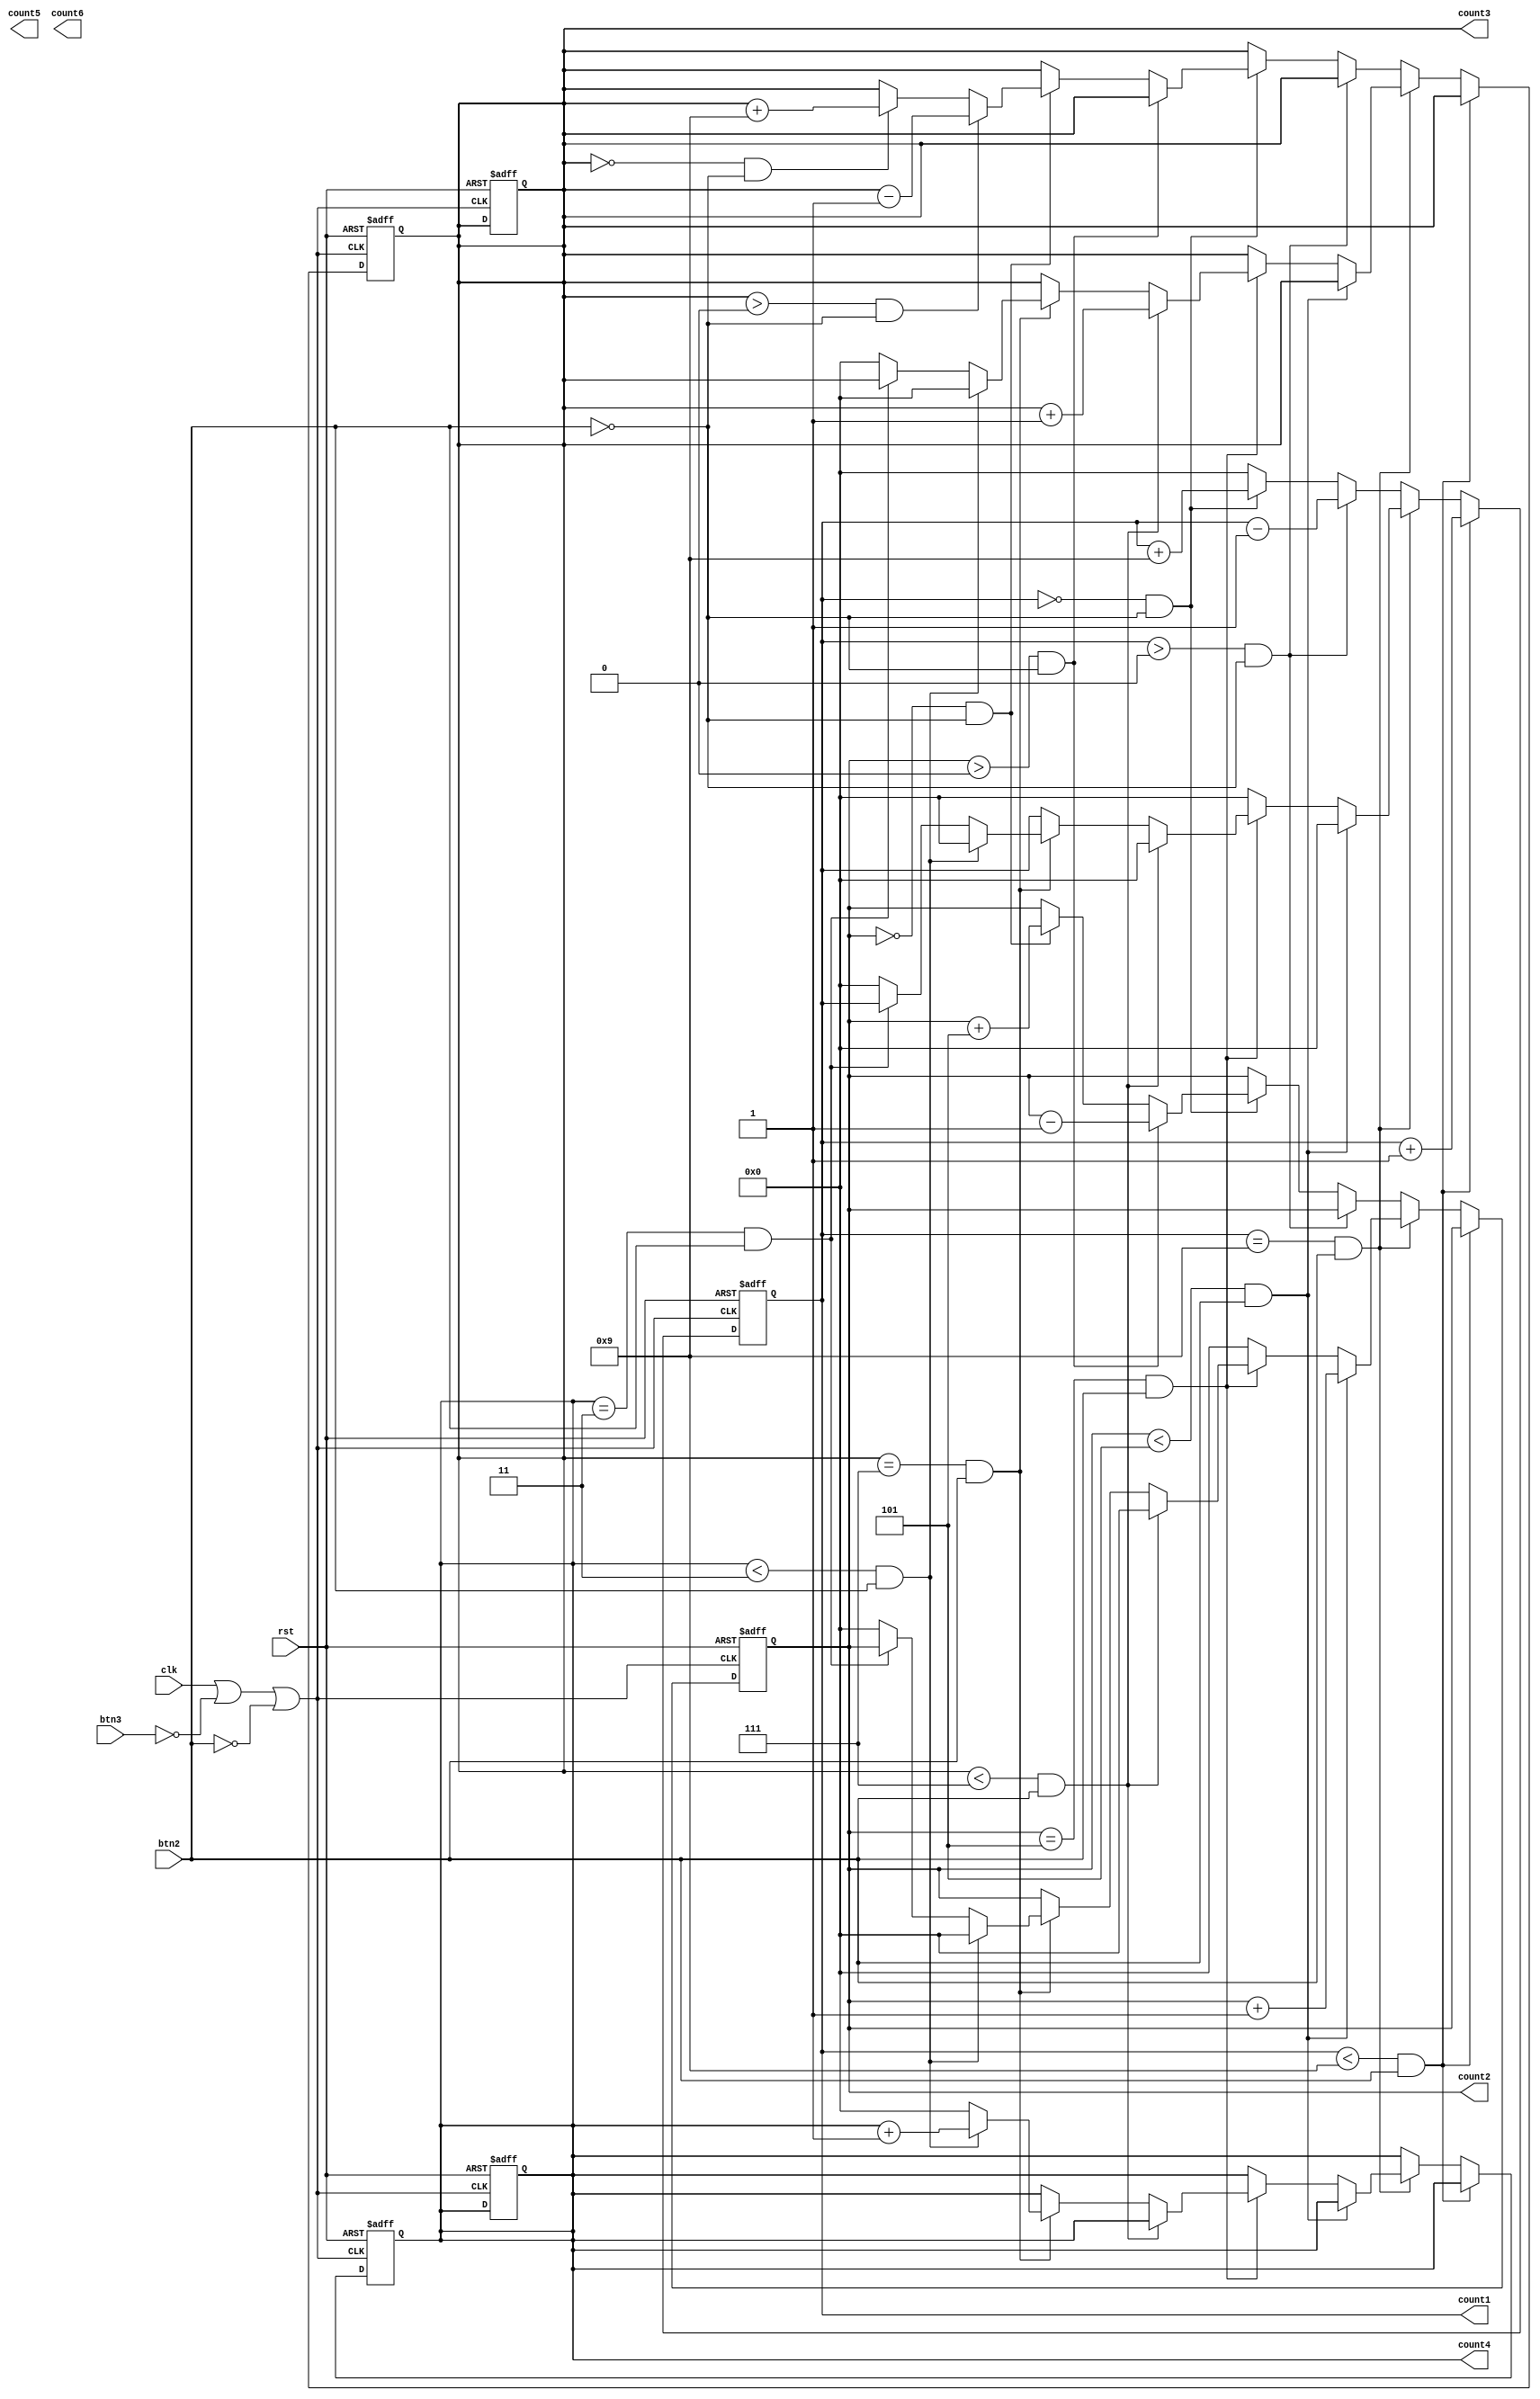
 module mod_10_counter(btn2,btn3,rst,clk,count1,count2,count3,count4,count5,count6);
   output [3:0] count1;
   output [3:0] count2;
	output [3:0] count3;
	output [3:0] count4;
	output [3:0] count5;
	output [3:0] count6;
	
	input btn3;
   input clk;
   input rst;
	input btn2;
	
   reg [3:0] counter_out;
   reg [3:0] counter_out2;
	reg [3:0] counter_out3;
	reg [3:0] counter_out4;
	reg [3:0] counter_out5;
	reg [3:0] counter_out6;
	
   wire btn3_tap;
	wire btn2_tap;
	
	assign btn3_tap = btn3;
   assign btn2_tap = btn2;
	
///////////////////////////////////////////////////////////////////////////////////////////////	
   always @(posedge (clk||!btn3_tap ||!btn2_tap) or negedge rst )
    begin
	 if(!rst)
        begin
          counter_out <=0;
          counter_out2 <=0;
			 counter_out3 <=0;
			 counter_out4 <=0;
			 counter_out5 <=0;
			 counter_out6 <=0;
        end
		  
		  
 
		  
		  
		  
    else if(counter_out <9 && btn2_tap != 0) ////////////pls mod
      begin
        counter_out <= count1 +1;
      end
	
		
    else if(counter_out==9 && btn2_tap != 0 )
      begin
///////////////////////////////////////////////////		
        if(counter_out2<5 && btn2_tap != 0)
          begin
			 counter_out <= 0;
          counter_out2 <= count2 +1;
          end
		  else if(counter_out2 ==5 && btn2_tap != 0)
		    begin
	////////////////////////////////////////////////////  
				if(counter_out3<7 && btn2_tap != 0)
					begin
						counter_out <= 0;
						counter_out2 <=0;
						counter_out3 <= count3 +1;
					end
				else if(counter_out3 == 7 && btn2_tap != 0 )
					begin		
	////////////////////////////////////////////////////////
						if(counter_out4<3 && btn2_tap != 0)
							begin
							counter_out <= 0;
						   counter_out2 <=0;
							counter_out3 <=0;
							counter_out4 <=counter_out4 +1;
							end
						else if(counter_out4 == 3 && btn2_tap != 0)
							begin
								counter_out4 <= 0;
							end
						else
							begin
								counter_out <= 0;
								counter_out2 <=0;
								counter_out3 <=0;
								counter_out4 <=0;
							end
						
					end
			 
			 
			 
			 end
		
		  else
          begin
			 counter_out <= 0;
          counter_out2 <=0;
          end
	
      end
	 //////////////////////////////////min mod
	else if (counter_out>0 && btn2_tap != 1)
		begin
			counter_out <= count1 -1;
		end
	else if (counter_out == 0 && btn2_tap != 1)
		begin
			counter_out <= count1 +9;
			if(counter_out2>0 && btn2_tap != 1)
				begin
					counter_out2 <= count2 -1;
				end
			else if (counter_out2 == 0 && btn2_tap != 1)
				begin
					counter_out <= count1 +9;
					counter_out2 <= count2 +5;
				   if (counter_out3 > 0 && btn2_tap != 1)
						begin
							counter_out3 <= count3 -1;
						end
					else if (counter_out3 == 0 && btn2_tap != 1)
							begin
								counter_out <= count1 +9;
								counter_out2 <= count2 +5;
								counter_out3 <= count3 +9;
								
								if(counter_out4>0 && btn2_tap != 1)
									begin
										
									end
								
							end
					
				end
		end
	 
    else
		begin
			counter_out <=0;
		end
    end
	 
    assign count1 = counter_out;
    assign count2 = counter_out2;
	 assign count3 = counter_out3;
	 assign count4 = counter_out4;
	 assign count3 = counter_out5;
	 assign count4 = counter_out6;
endmodule